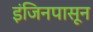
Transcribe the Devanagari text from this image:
इंजिनपासून